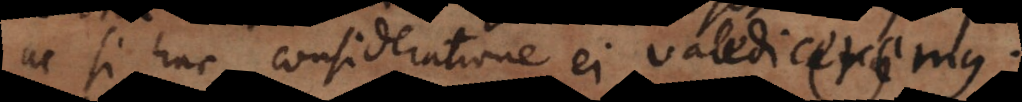
ac si hac consideratione ei valediceremus